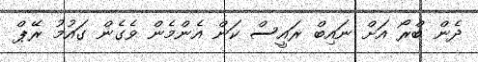
ދެން ބްރޯ އަށް ނައިބް ރައީސް ކަން އެންމެން ވެގެން ގައުމު ރޭޕް